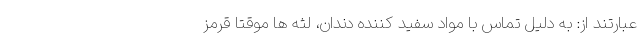
عبارتند از: به دلیل تماس با مواد سفید کننده دندان، لثه ها موقتا قرمز